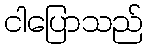
ငါပြောသည်